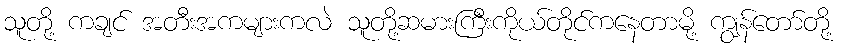
သူတို့ ကချင် အတီးအကများကလဲ သူတို့ဆမားကြီးကိုယ်တိုင်ကနေတာမို့ ကျွန်တော်တို့